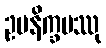
ဥပနိက္ခမဿု